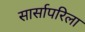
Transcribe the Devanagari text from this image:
सार्सापरिला